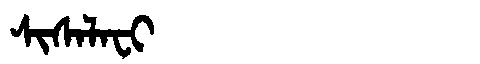
Manchu: ᠰᡳᠰᠠᠯᠠᠸᡳ
Romanization: SISALAFI